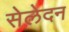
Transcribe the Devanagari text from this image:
सेलेदन